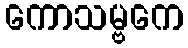
ကောသမ္ဗကေ